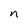
Character: n